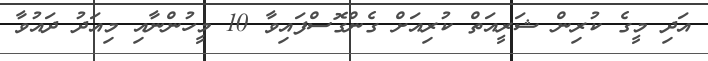
އަދި މީގެ ކުރިން ޝަރީއަތް ކުރިއަށް ގެންގޮސްފައިވާ 10 މީހުންނާއި މިއަދު ދައުވާ